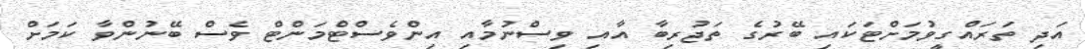
އަދި ތަރައްގީވުމަށްޓަކައި ބޭރުގެ ތަޖުރިބާ އާއި ވިސްނުމާއި އިންވެސްޓްމަންޓް ވެސް ބޭނުންވާ ކަމަށް